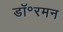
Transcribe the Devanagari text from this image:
डॉ॰रमन